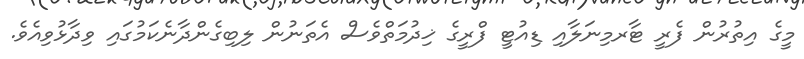
މީގެ އިތުރުން ފެރީ ޓާރމިނަލާއި ޑިއުޓީ ފްރީގެ ޚިދުމަތްވެސް އެތަނުން ލިބިގެންދާނެކަމުގައި ވިދާޅުވިއެވެ.